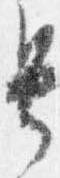
号